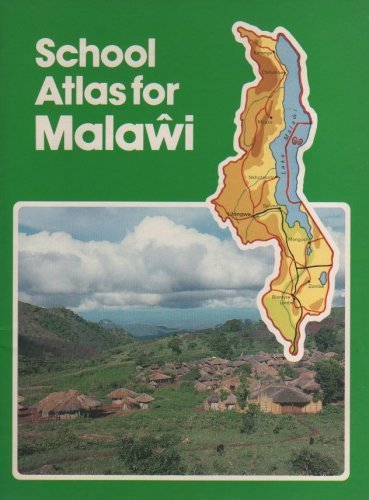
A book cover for School Atlas for Malawi; Travel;